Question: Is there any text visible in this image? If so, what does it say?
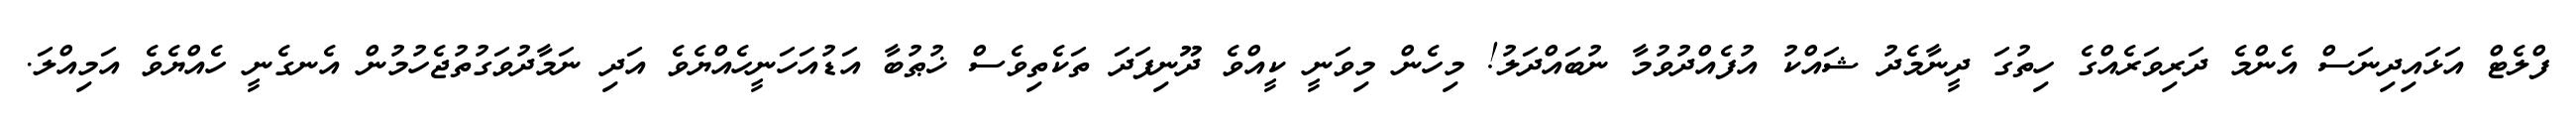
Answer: ފްލެޓް އަޅައިދިނަސް އެންމެ ދަރިވަރެއްގެ ހިތުގަ ދީނާމެދު ޝައްކު އުފެއްދުވުމާ ނުބައްދަލު! މިހެން މިވަނީ ކީއްވެ ދޫނިފަދަ ތަކެތިވެސް ޚުޠުބާ އަޑުއަހަނީހެއްޔެވެ އަދި ނަމާދުވަގުތުޖެހުމުން އެނގެނީ ހެއްޔެވެ އަމިއްލަ.